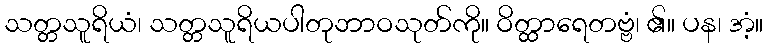
သတ္တသူရိယံ၊ သတ္တသူရိယပါတုဘာဝသုတ်ကို။ ဝိတ္ထာရေတဗ္ဗံ၊ ၏။ ပန၊ အံ့။